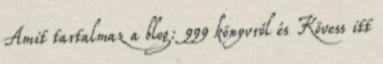
Amit tartalmaz a blog: 999 könyvről és Kövess itt